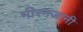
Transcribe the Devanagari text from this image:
मीरनजानी